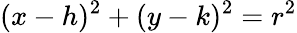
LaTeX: (x-h)^{2}+(y-k)^{2}=r^{2}